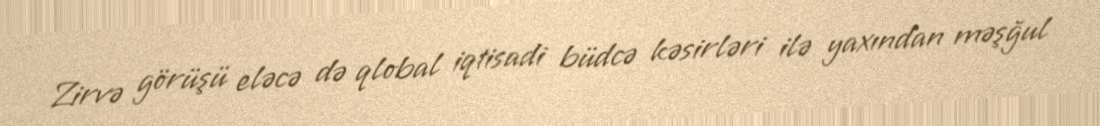
Zirvə görüşü eləcə də qlobal iqtisadi büdcə kəsirləri ilə yaxından məşğul